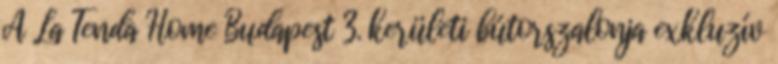
A La Tenda Home Budapest 3. kerületi bútorszalonja exkluzív